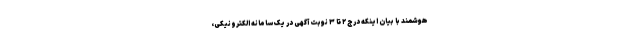
هوشمند با بیان اینکه درج ۲ تا ۳ نوبت آگهی در یک سامانه الکترونیکی،